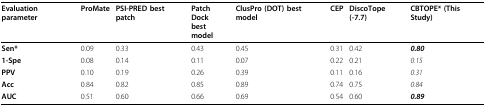
<table><thead><tr><td><b>Evaluation parameter</b></td><td><b>ProMate</b></td><td><b>PSI-PRED best patch</b></td><td><b>Patch Dockbest model</b></td><td><b>ClusPro (DOT) best model</b></td><td><b>CEP</b></td><td><b>DiscoTope (-7.7)</b></td><td><b>CBTOPE* (This Study)</b></td></tr></thead><tbody><tr><td><b>Sen*</b></td><td>0.09</td><td>0.33</td><td>0.43</td><td>0.45</td><td>0.31</td><td>0.42</td><td><i><b>0.80</b></i></td></tr><tr><td><b>1-Spe</b></td><td>0.08</td><td>0.14</td><td>0.11</td><td>0.07</td><td>0.22</td><td>0.21</td><td><i>0.15</i></td></tr><tr><td><b>PPV</b></td><td>0.10</td><td>0.19</td><td>0.26</td><td>0.39</td><td>0.11</td><td>0.16</td><td><i>0.31</i></td></tr><tr><td><b>Acc</b></td><td>0.84</td><td>0.82</td><td>0.85</td><td>0.89</td><td>0.74</td><td>0.75</td><td><i>0.84</i></td></tr><tr><td><b>AUC</b></td><td>0.51</td><td>0.60</td><td>0.66</td><td>0.69</td><td>0.54</td><td>0.60</td><td><i><b>0.89</b></i></td></tr></tbody></table>